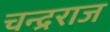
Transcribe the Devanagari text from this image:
चन्द्रराज